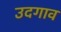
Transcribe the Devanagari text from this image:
उदगाव